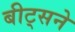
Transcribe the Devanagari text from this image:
बीट्सने